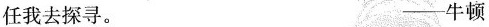
任我去探寻。-牛顿